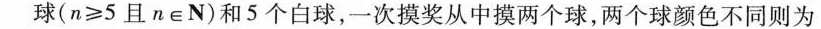
球($$n ≥ 5$$且n∈N)和5个白球，一次摸奖从中摸两个球，两个球颜色不同则为